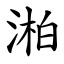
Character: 湐